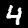
Label: 4